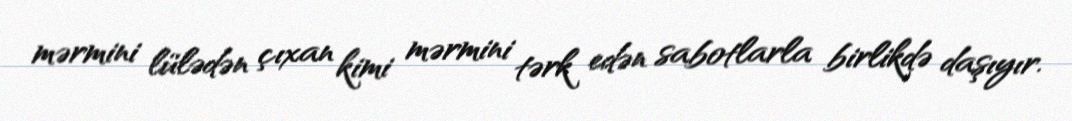
mərmini lülədən çıxan kimi mərmini tərk edən sabotlarla birlikdə daşıyır.